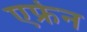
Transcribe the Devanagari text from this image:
एफ्रेन